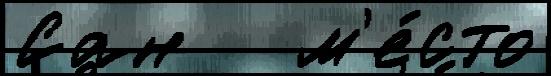
Сан   м'е́сто